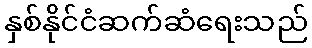
နှစ်နိုင်ငံဆက်ဆံရေးသည်